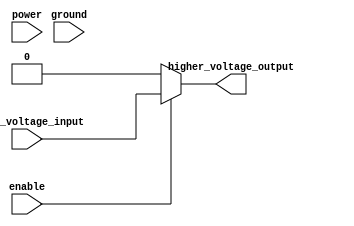
module voltage_level_shifter (
    input wire lower_voltage_input,
    output wire higher_voltage_output,
    input wire enable,
    input wire power,
    input wire ground
);

// Input buffer
reg buffered_signal;
always @(lower_voltage_input) begin
    if(enable)
        buffered_signal <= lower_voltage_input;
    else
        buffered_signal <= 1'b0; // or any other default value
end

// Level shifting logic
assign higher_voltage_output = buffered_signal;

// Output buffer
// No need for an output buffer if the output is directly driven by the level shifting logic

endmodule